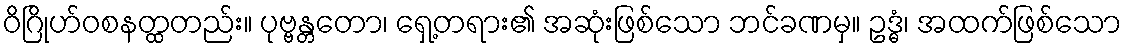
ဝိဂြိုဟ်ဝစနတ္ထတည်း။ ပုဗ္ဗန္တတော၊ ရှေ့တရား၏ အဆုံးဖြစ်သော ဘင်ခဏမှ။ ဥဒ္ဓံ၊ အထက်ဖြစ်သော